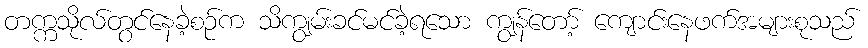
တက္ကသိုလ်တွင်နေခဲ့စဉ်က သိကျွမ်းခင်မင်ခဲ့ရသော ကျွန်တော့် ကျောင်းနေဖက်အများစုသည်